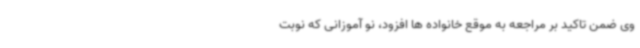
وی ضمن تاکید بر مراجعه به موقع خانواده ها افزود، نو آموزانی که نوبت